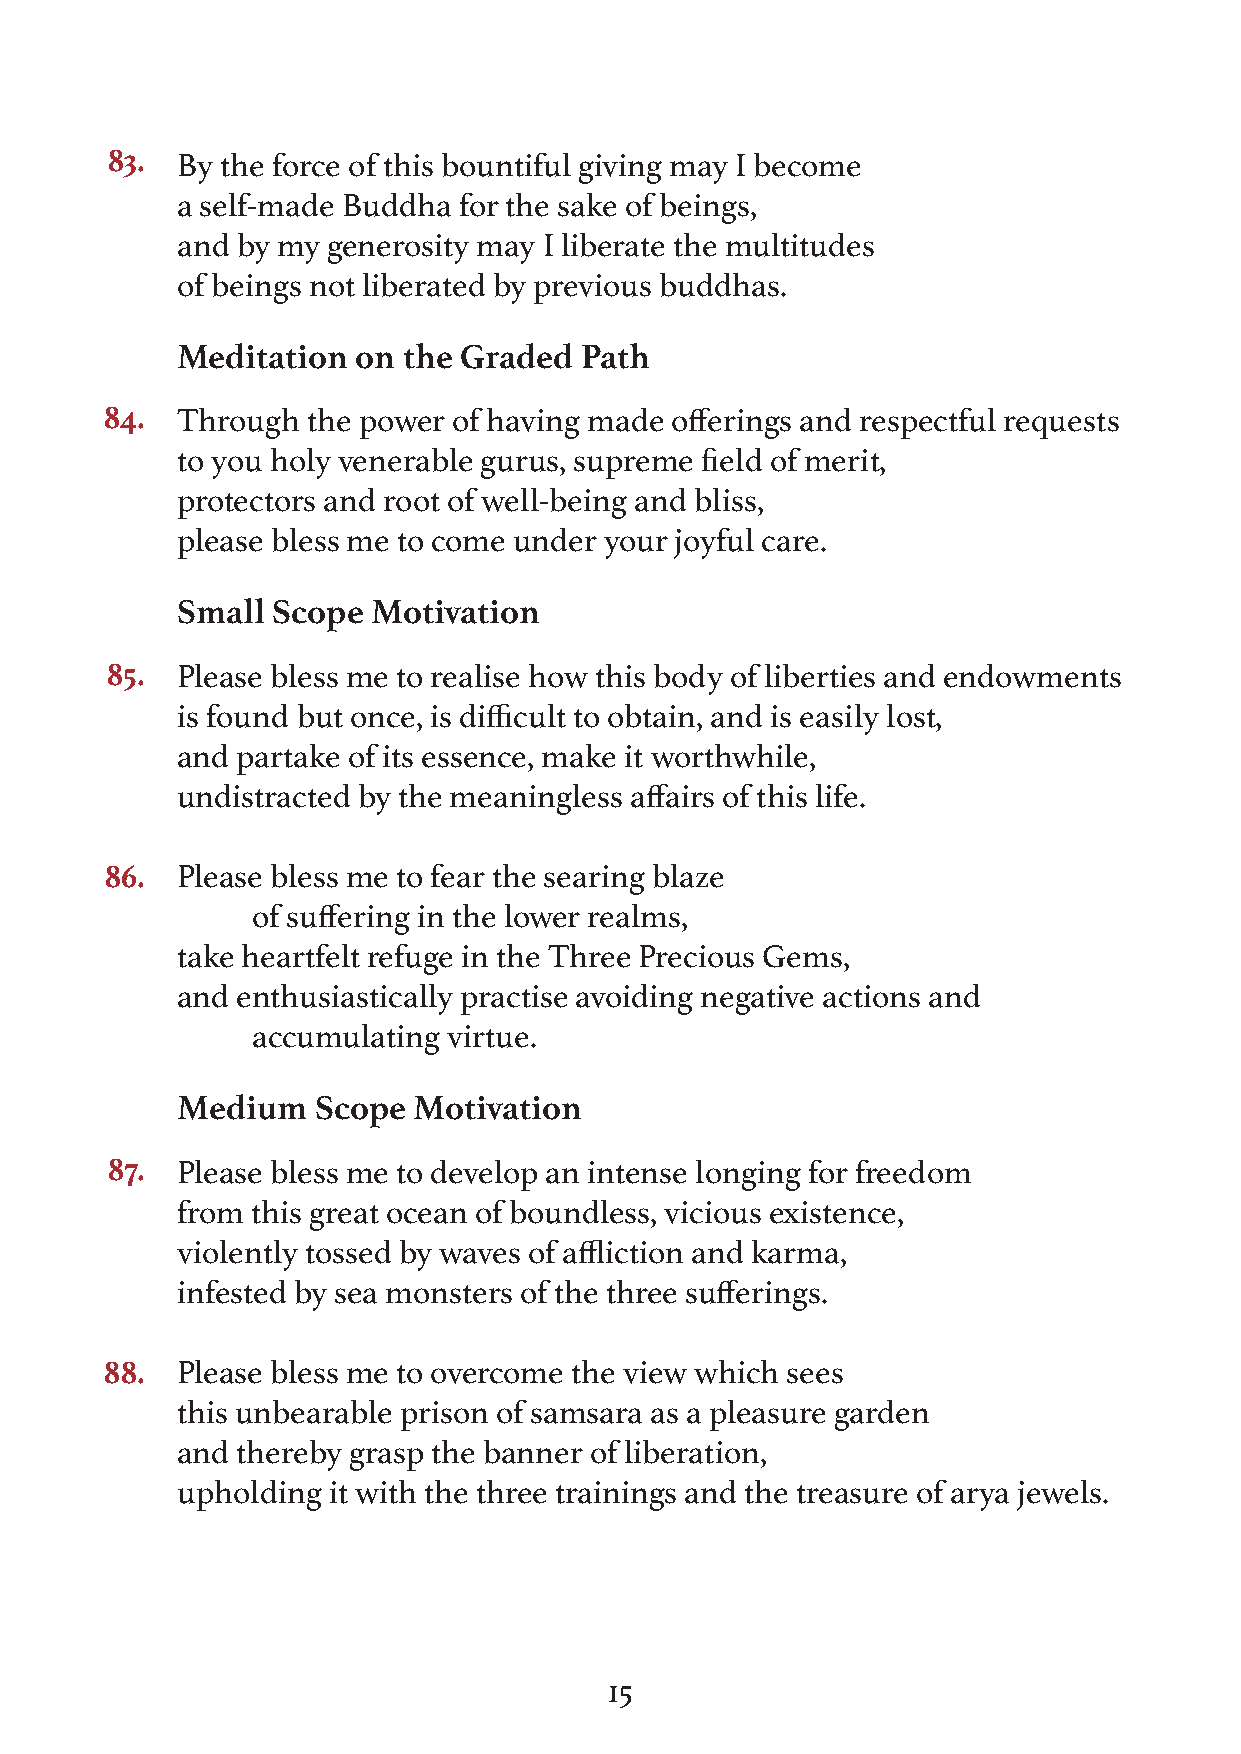
83.  By the force of this bountiful giving may I become
 a self-made Buddha for the sake of beings,
 and by my generosity may I liberate the multitudes
 of beings not liberated by previous buddhas.
 Meditation  on the Graded Path
 84.  Through the power of having made offerings and respectful requests
 to you holy venerable gurus, supreme field of merit,
 protectors and root of well-being and bliss,
 please bless me to come under your joyful care.
 Small Scope  Motivation
 85.  Please bless me to realise how this body of liberties and endowments
 is found but once, is difficult to obtain, and is easily lost,
 and partake of its essence, make it worthwhile,
 undistracted by the meaningless affairs of this life.
 86.  Please bless me to fear the searing blaze
 of suffering in the lower realms,
 take heartfelt refuge in the Three Precious Gems,
 and enthusiastically practise avoiding negative actions and
 accumulating virtue.
 Medium   Scope Motivation
 87.  Please bless me to develop an intense longing for freedom
 from this great ocean of boundless, vicious existence,
 violently tossed by waves of affliction and karma,
 infested by sea monsters of the three sufferings.
 88.  Please bless me to overcome the view which sees
 this unbearable prison of samsara as a pleasure garden
 and thereby grasp the banner of liberation,
 upholding it with the three trainings and the treasure of arya jewels.
 15